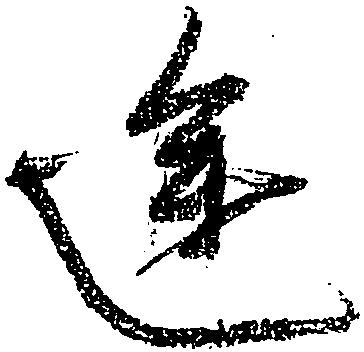
途